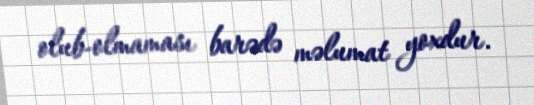
olub-olmaması barədə məlumat yoxdur.